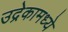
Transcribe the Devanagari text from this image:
उद्रेकामध्ये